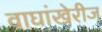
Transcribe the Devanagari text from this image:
वाघांखेरीज